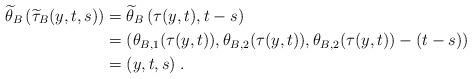
LaTeX: \begin{align*}\widetilde{\theta}_B \left( \widetilde{\tau}_B (y,t,s) \right) &= \widetilde{\theta}_B \left( \tau (y,t), t - s \right) \\&= \left( \theta_{B,1}(\tau (y,t)), \theta_{B,2}(\tau (y,t)), \theta_{B,2}(\tau (y,t)) - (t-s) \right) \\&= (y,t,s) \; .\end{align*}